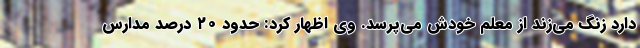
دارد زنگ می‌زند از معلم خودش می‌پرسد. وی اظهار کرد: حدود ۲۰ درصد مدارس